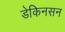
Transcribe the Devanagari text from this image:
डेकिनसन